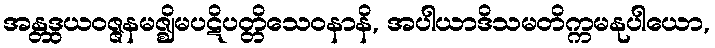
အန္တဒွယဝဇ္ဇနမဇ္ဈိမပဋိပတ္တိသေဝနာနိ, အပါယာဒိသမတိက္ကမနုပါယော,